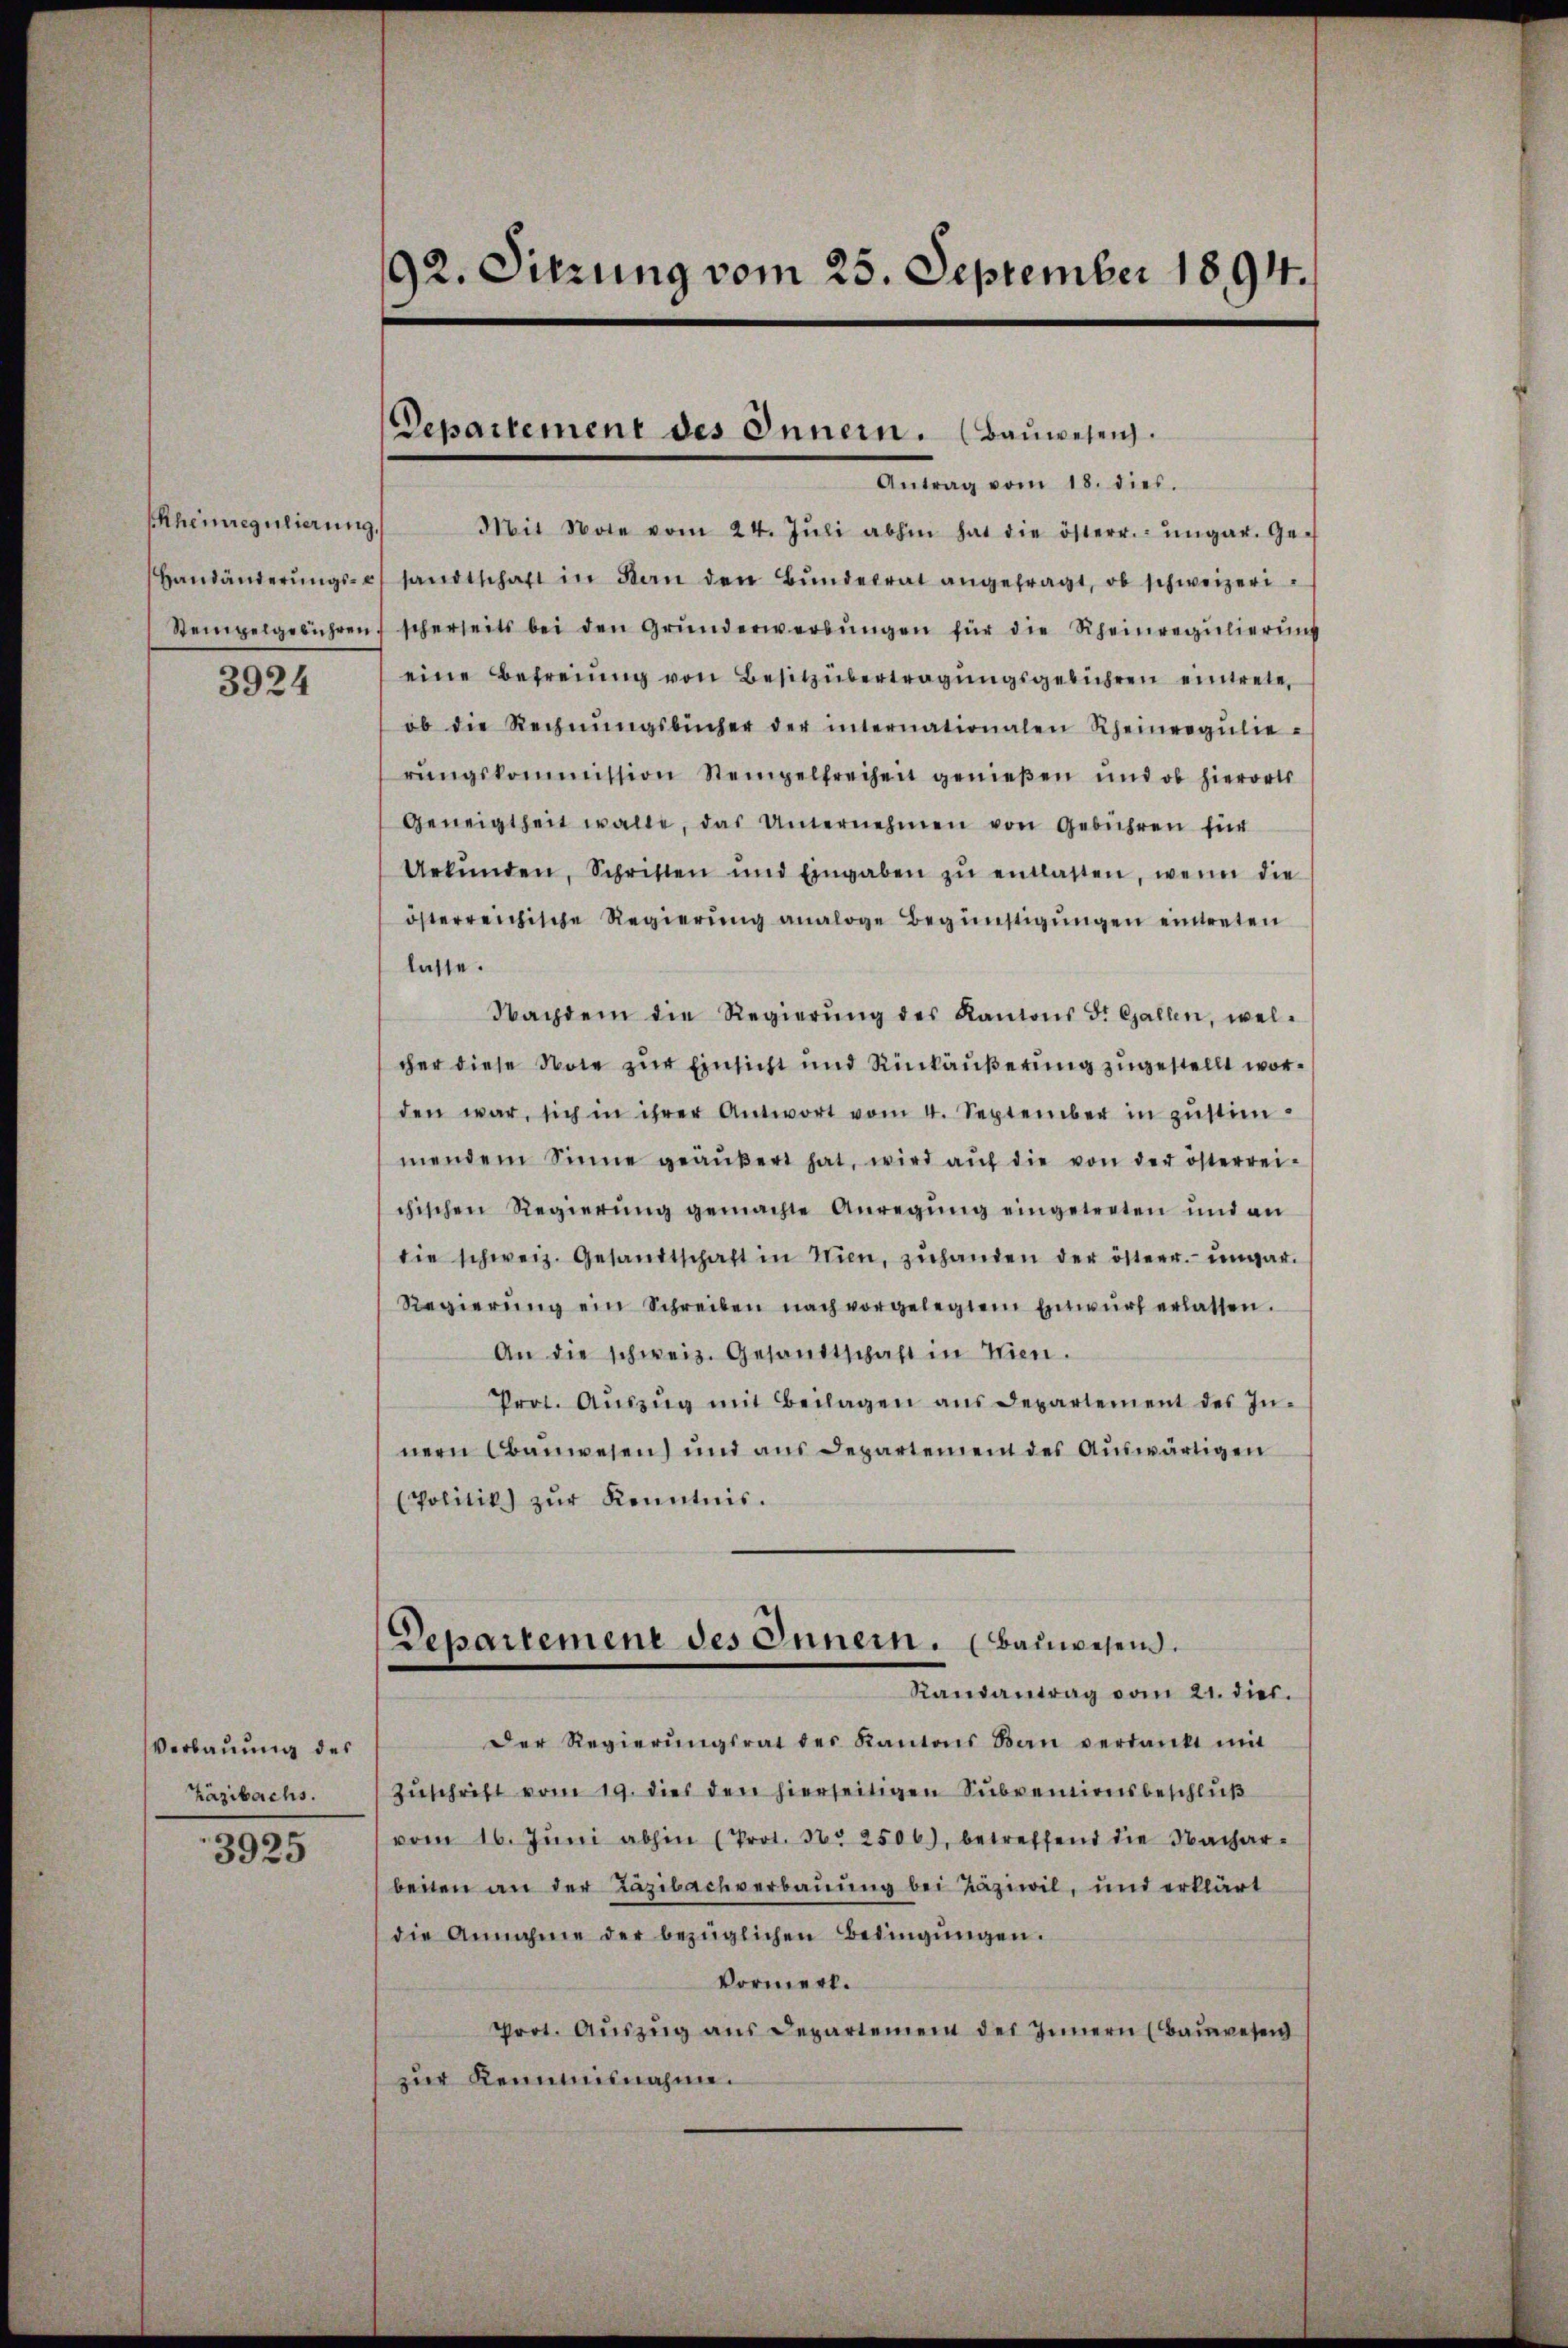
3924

Verbauung des
Zäzibachs.

3925

92. Sitzung vom 25. September 1894.

Departement des Innern. (Baŭwesen.

Antrag vom 18. dies.
SRheinregulierŭng Mit Note vom 24. Jŭli abhin hat die österr. ungar. Ge-
Handänderŭngs- u. sandtschaft in Kan den Bŭndesrat angefragt, ob schweizeri¬
Stempelgebühren scherseits bei den Grŭnderwerbŭngen für die Scheinregŭlierŭng
eine Befreiung von Besitzübertragungsgebühren eintrete,
ob die Rechnŭngsbücher der internationalen Rheinregŭlie-
rŭngskommission Stempelfreiheit genieβen und ob hierorts
Geneigtheit walte, das Unternehmen von Gebühren für
Urkŭnden, Schriften und Eingaben zŭ entlassen, wenn die
österreichische Regierŭng analoge Begünstigungen eintreten
lasse.
Nachdem die Regierŭng des Kantons d. Gallen, wel-
cher diese Note zur Einsicht und Rinkäußerung zugestellt worden war, sich in ihrer Antwort vom 4. September in zŭstim-
mendem Sinne geäŭβert hat, wird aŭf die von der österrei-
chischen Regierŭng gemachte Anregŭng eingetreten und an
die schweiz. Gesandtschaft in Wien, zŭhanden der österr. ungar.
Regierŭng ein Schreiben nach vorgelegtem Entwŭrf erlassen.
An die schweiz. Gesandtschaft in Wien.
Prot. Aŭszŭg mit Beilagen ans Departement des In-
nern Obauwesen) und aus Departement des Auswärtigen
(Politik) zŭr Kenntnis.
Departement des Innern. (Bauwesen.
Randantrag vom 21. dies
Der Regierŭngsrat des Kantons Bau verdankt mit
Zuschrift vom 19. dies den hierseitigen Subventionsbeschluß
vom 16. Jŭni abhin (Prot. N. 2506), betreffend die Nachar-
beiten an der Täzibachverbauung bei Täziwil, und erklärt
die Annahme der bezüglichen Bedingŭngen.
Vormerl.
Prot. Aŭszŭg aŭs Departement des Innern (Baŭwesen
zur Keimisnahme.